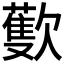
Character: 𣤨